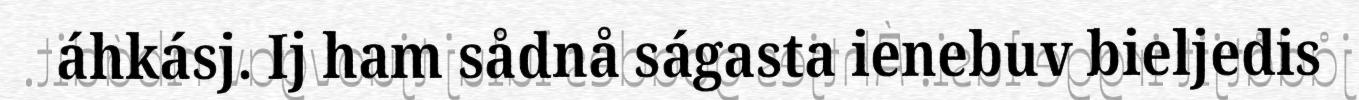
áhkásj. Ij ham sådnå ságasta ienebuv bieljedis